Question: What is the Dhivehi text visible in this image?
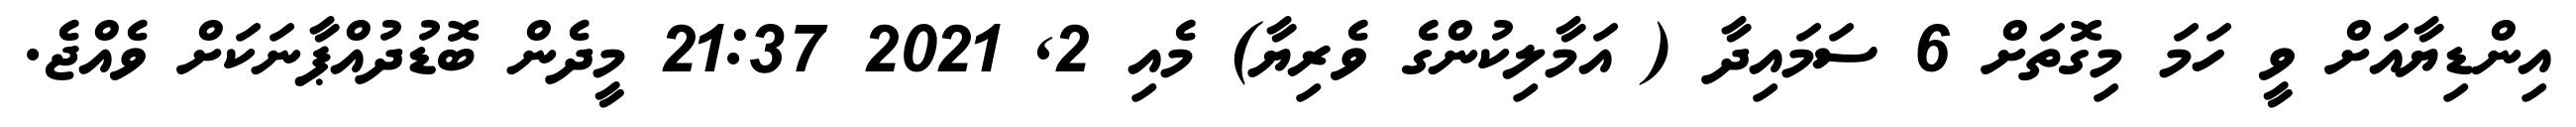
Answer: އިންޑިޔާއަށް ވީ ހަމަ މިގޮތަށް 6 ސަމައިދާ ( އަމާލިކުންގެ ވެރިޔާ) މެއި 2, 2021 21:37 މީދެން ބޮޑުދުއްޕާނަކަށް ވެއްޖެ.